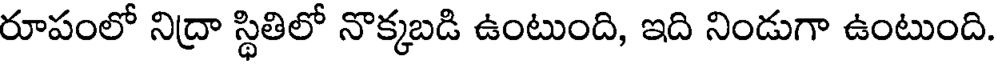
రూపంలో నిద్రా స్థితిలో నొక్కబడి ఉంటుంది, ఇది నిండుగా ఉంటుంది.